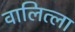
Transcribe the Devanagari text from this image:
वालित्ला